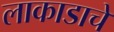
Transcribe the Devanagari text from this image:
लाकाडाचे